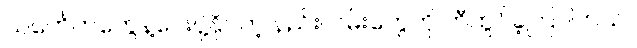
သင်္ကေတတွေနဲ့ပေးပို့နိုင်တဲ့ နည်းလမ်းတွေကို တီထွင်ခဲ့ကြပါတယ်။